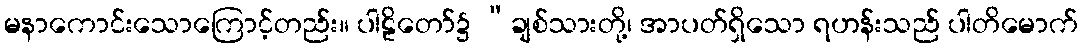
မနာကောင်းသောကြောင့်တည်း။ ပါဠိတော်၌ “ချစ်သားတို့၊ အာပတ်ရှိသော ရဟန်းသည် ပါတိမောက်